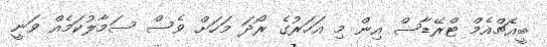
ބީއެޗްއެމް ޓްރޭޑާސް އިން މި އަހަރުގެ ރޯދަ މަހަށް ވެސް ސަމާލުކަމެއް ވަނީ